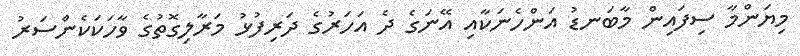
މިޔަންމާ ސިފައިން މާބަނޑު އަންހެނަކާއި އޭނަގެ ދެ އަހަރުގެ ދަރިފުޅު މަރާލިގޮތުގެ ވާހަކަކެންސަރު